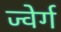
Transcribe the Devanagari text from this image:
ज्वेर्ग